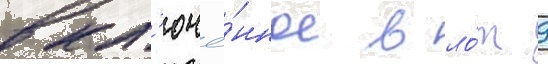
вкл'ючё́нное в ло́т 9